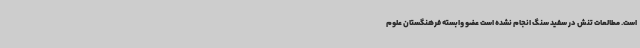
است. مطالعات تنش در سفید سنگ انجام نشده است عضو وابسته فرهنگستان علوم